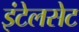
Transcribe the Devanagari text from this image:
इंटेलसेट